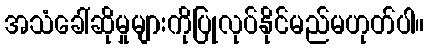
အသံခေါ်ဆိုမှုများကိုပြုလုပ်နိုင်မည်မဟုတ်ပါ။